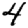
Digit: 4